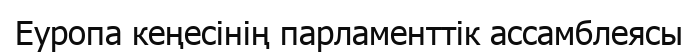
Еуропа кеңесінің парламенттік ассамблеясы